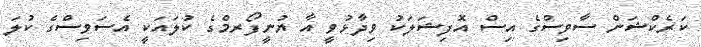
ކަރެކްޝަން ސާވިސްގެ އިސް އޮފިޝަލަކު ވިދާޅުވީ އާ ޔުނީފޯރމްގެ ކުލައަކީ އެސަވިސްގެ ކުލަ